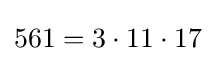
561=3\cdot 11\cdot 17